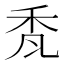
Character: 𮂷